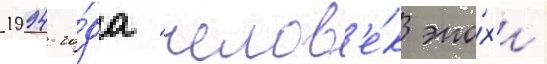
1994 го́да "челов'е́к эпо́х'и